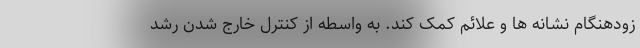
زودهنگام نشانه ها و علائم کمک کند. به واسطه از کنترل خارج شدن رشد